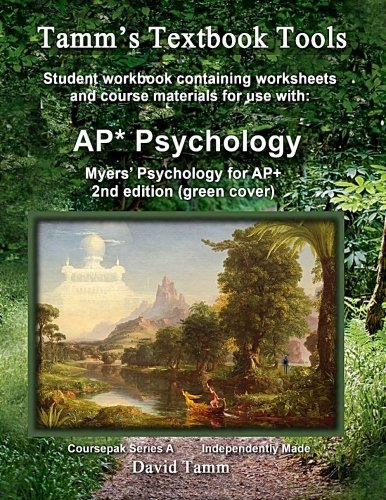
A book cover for Myers' Psychology for AP 2nd Edition Student Workbook: Relevant daily assignments tailor made for the Myers text (Tamm's Textbook Tools); David Tamm; Medical Books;